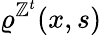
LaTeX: \varrho^{\mathbb{Z}^{t}}(x,s)